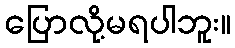
ပြောလို့မရပါဘူး။